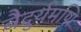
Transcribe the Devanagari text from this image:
वैदुर्यमणि